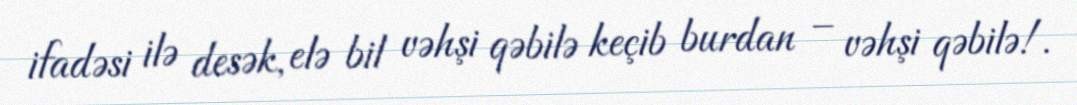
ifadəsi ilə desək, elə bil vəhşi qəbilə keçib burdan – vəhşi qəbilə!.